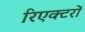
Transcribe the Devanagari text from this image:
रिएक्‍टरों